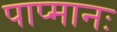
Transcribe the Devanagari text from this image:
पाप्मानः